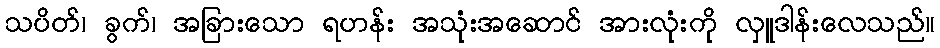
သပိတ်၊ ခွက်၊ အခြားသော ရဟန်း အသုံးအဆောင် အားလုံးကို လှူဒါန်းလေသည်။